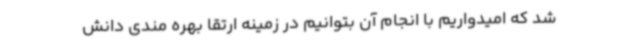
شد که امیدواریم با انجام آن بتوانیم در زمینه ارتقا بهره مندی دانش